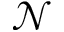
\mathcal { N }